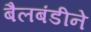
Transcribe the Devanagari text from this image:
बैलबंडीने